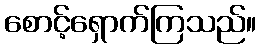
စောင့်ရှောက်ကြသည်။